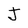
Character: J